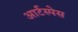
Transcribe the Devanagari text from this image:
आर्टस्पेस